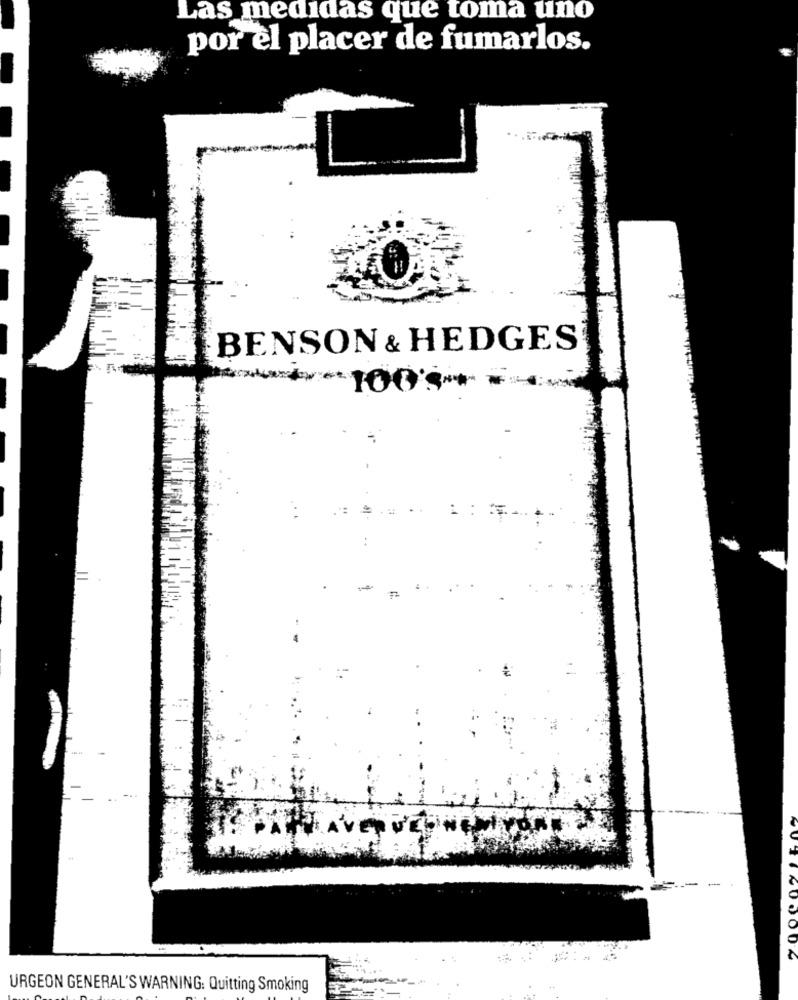
Las medidas que toma uno
por el placer de fumarlos.
BENSON & HEDGES
***** 10
URGEON GENERAL'S WARNING: Quitting Smoking